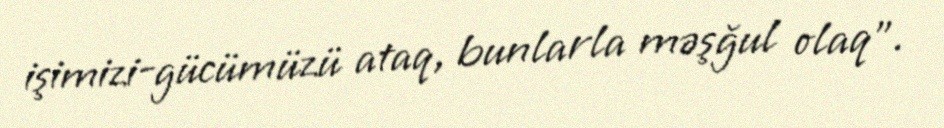
işimizi-gücümüzü ataq, bunlarla məşğul olaq”.